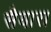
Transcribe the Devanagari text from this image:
सैयारा